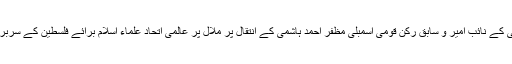
واضح رہے کہ فلسطین فاؤنڈیشن پاکستان کے سرپرست اور جماعت اسلامی کے نائب امیر و سابق رکن قومی اسمبلی مظفر احمد ہاشمی کے انتقال پر ملال پر عالمی اتحاد علماء اسلام برائے فلسطین کے سربراہ مفتی اعظم لبنان جناب شیخ ماہر حمود کی جانب سے تعزیتی بیان جاری۔